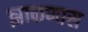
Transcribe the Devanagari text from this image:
झाकणास